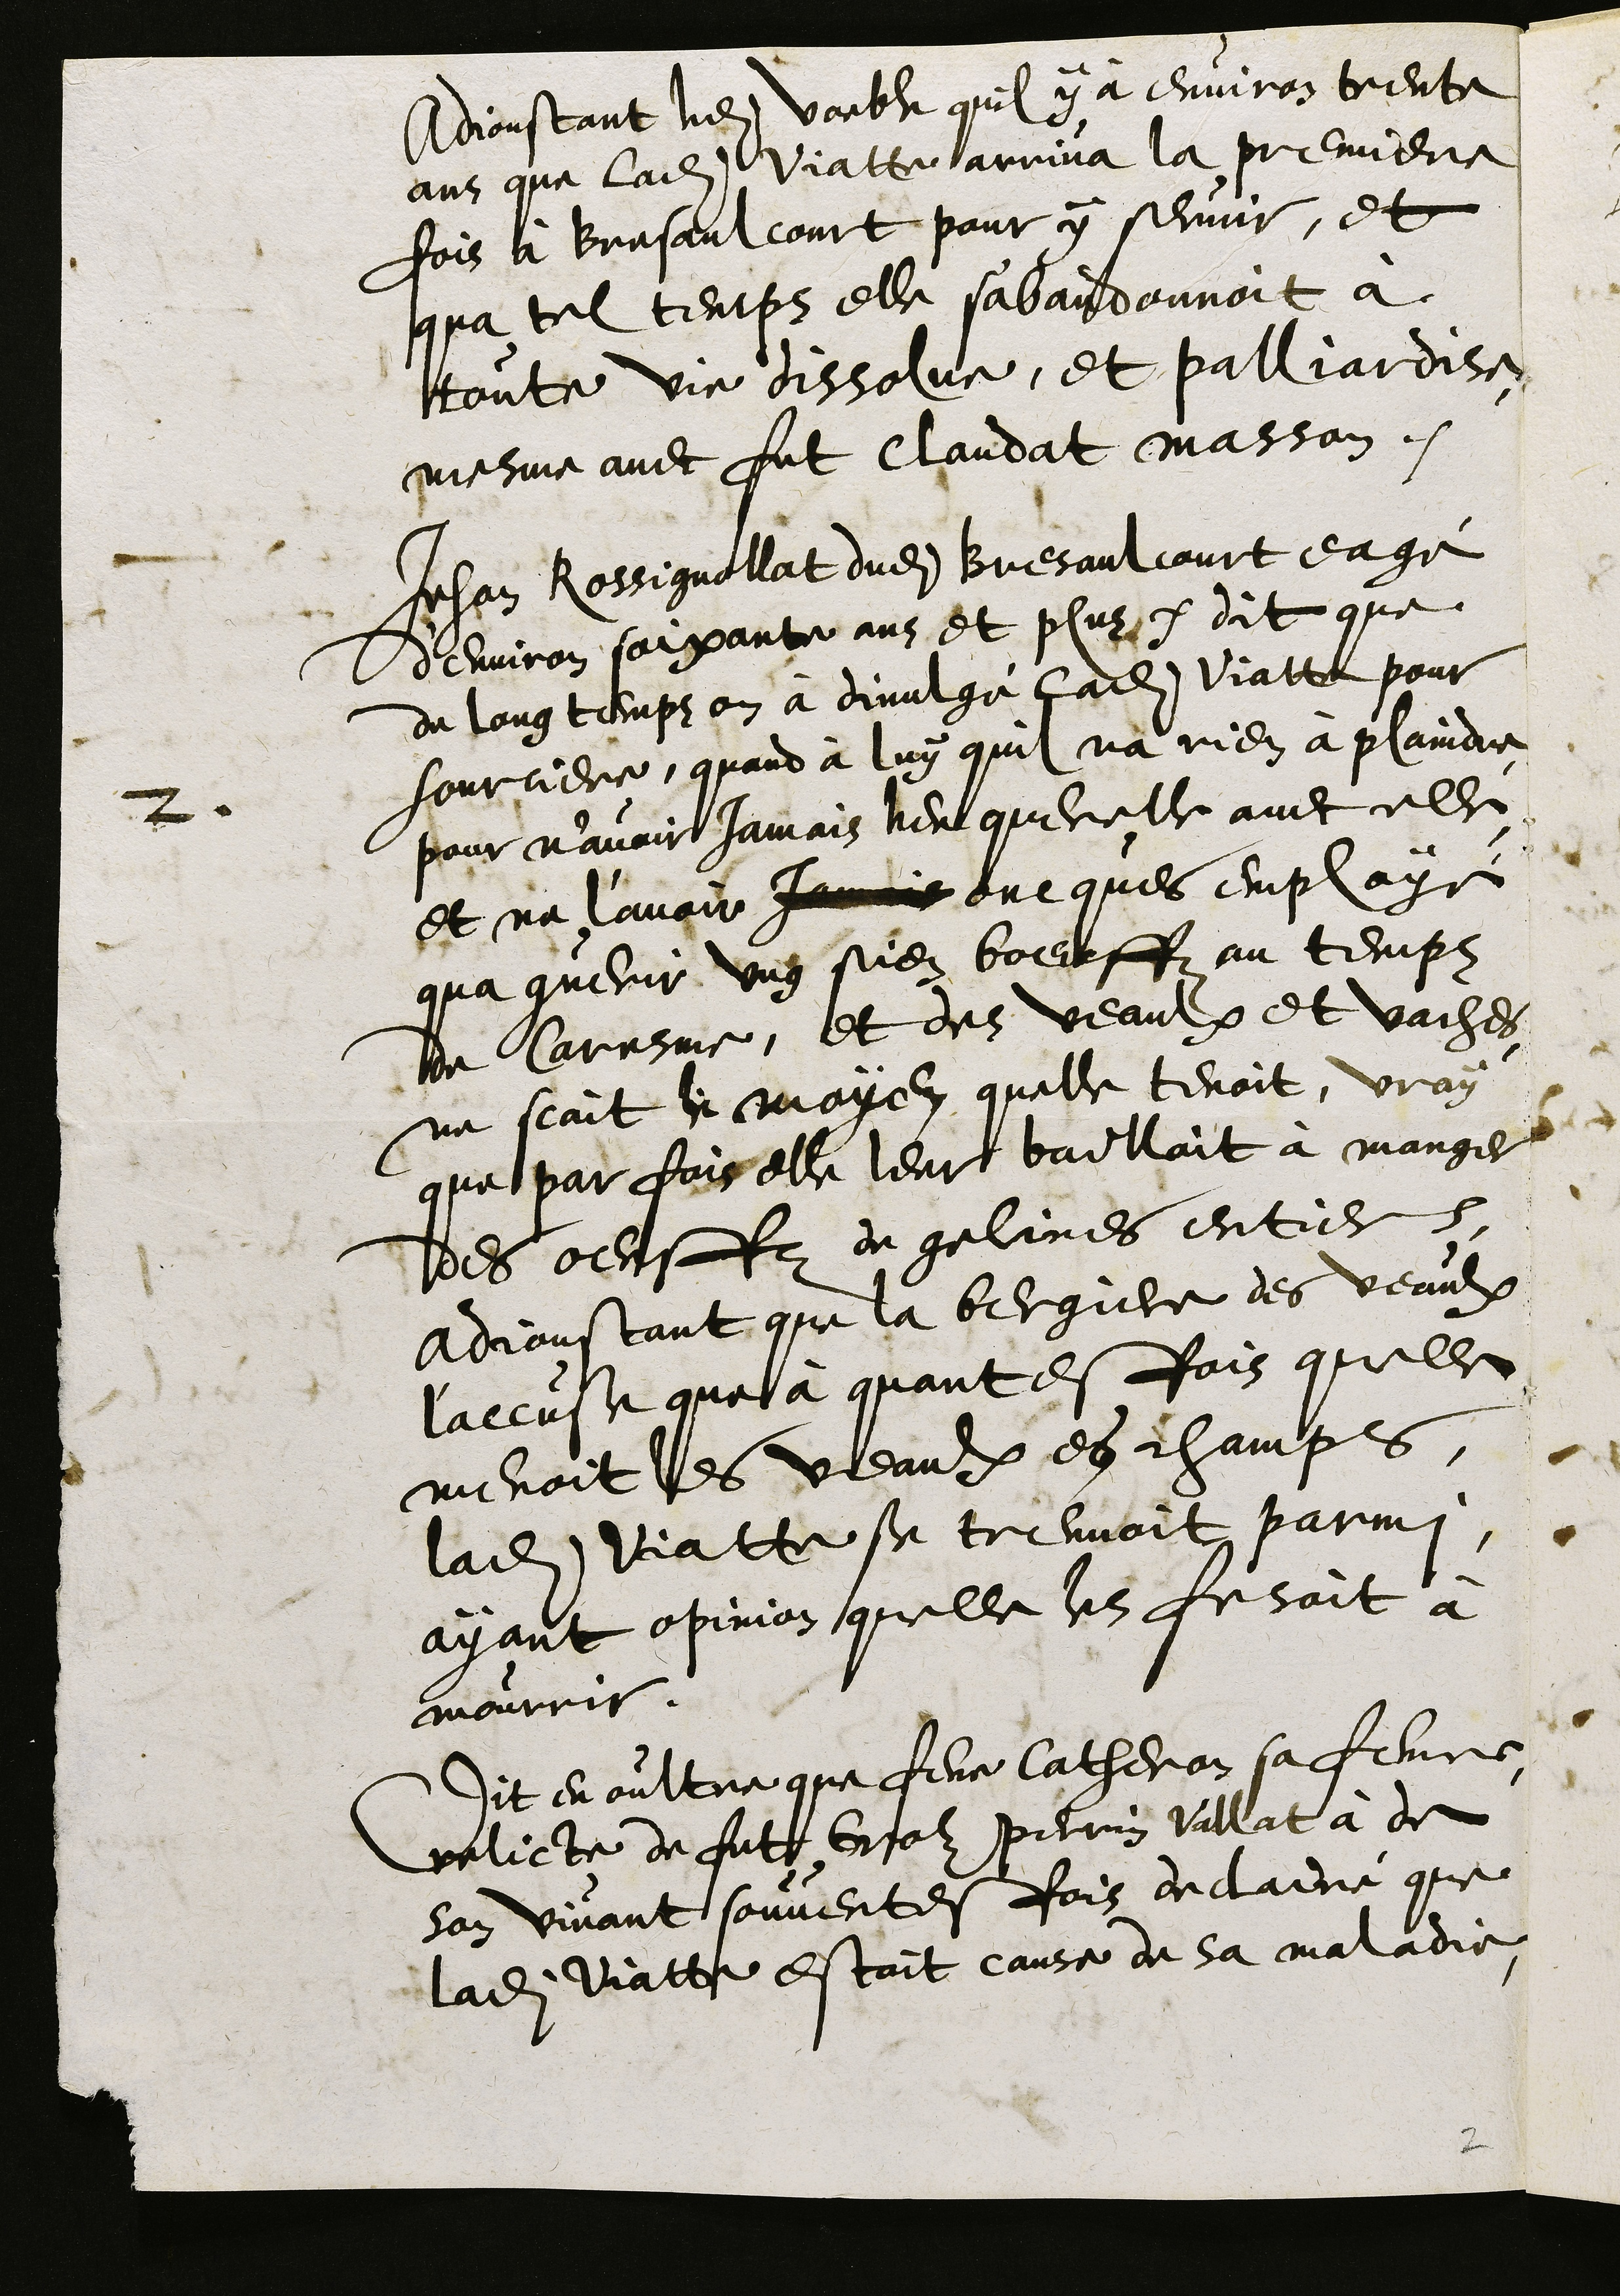
Adjoustant ledit voeble quil y à environ trente
ans que ladite Viatte arriva la premiere
fois à Bresaulcourt pour y servir, et
qua tel temps elle s'abandonnoit à
toute vie dissolue, et palliardise,
mesme avec fut Claudat masson.
2
Jehan Rossignollat dudit Bresaulcourt eagé
d’environ soixante ans et plus dit que
de long temps on à divulgé ladite Viatte pour
sourciere, quand à luy quil na rien à plaindre
pour n’avoir jamais heu querelle avec elle
et ne l’avoir jamais oncques employé
qua guerir ung sien boeuffz au temps
de Caresme, et des veaulx et vaches
ne scait le moyen quelle tenoit, vray
que par fois elle leur bailloit à manger
des oeuffz de gelines entiers.
Adjoustant que la bergiere des veaulx
l'accuse que à quantesfois quelle
menoit les veaulx es champs,
ladite Viatte se treuvoit parmi,
ayant opinion quelle les fesoit à
mourrir.
Dit en oultre que feue Catheron sa femme
relicte de fut Grolz Perrin Vallat à de
son vivant souventesfois declairé que
ladite Viatte estoit cause de sa maladie

2